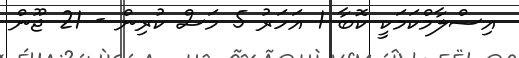
އިސްލާމްކަމަކީ ކޮބާ 1 އަހަރު 5 މަސް ކުރިން - 21 ޖޫން